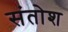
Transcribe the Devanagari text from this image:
संतोश